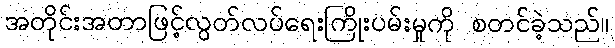
အတိုင်းအတာဖြင့်လွတ်လပ်ရေးကြိုးပမ်းမှုကို စတင်ခဲ့သည်။